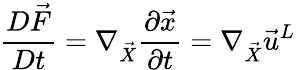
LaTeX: \frac{D\vec{F}}{Dt}=\nabla_{\vec{X}}\frac{\partial\vec{x}}{\partial t}=\nabla_{\vec{X}}\vec{u}^{L}